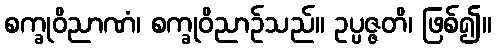
စက္ခုဝိညာဏံ၊ စက္ခုဝိညာဉ်သည်။ ဥပ္ပဇ္ဇတိ၊ ဖြစ်၍။